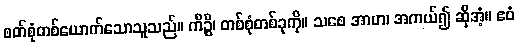
စတ်စုံတစ်ယောက်သောသူသည်။ ကိဉ္စိ၊ တစ်စုံတစ်ခုကို။ သစေ အာဟ၊ အကယ်၍ ဆိုအံ့။ ဧဝံ